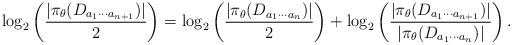
LaTeX: \begin{align*}\log_2\left(\frac{|\pi_{\theta}(D_{a_1\cdots a_{n+1}})|}{2}\right)=\log_2\left(\frac{|\pi_{\theta}(D_{a_1\cdots a_n})|}{2}\right)+\log_2\left(\frac{|\pi_{\theta}(D_{a_1\cdots a_{n+1}})|}{|\pi_{\theta}(D_{a_1\cdots a_n})|}\right).\end{align*}